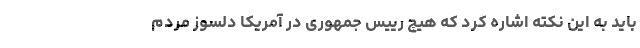
باید به این نکته اشاره کرد که هیچ رییس جمهوری در آمریکا دلسوز مردم